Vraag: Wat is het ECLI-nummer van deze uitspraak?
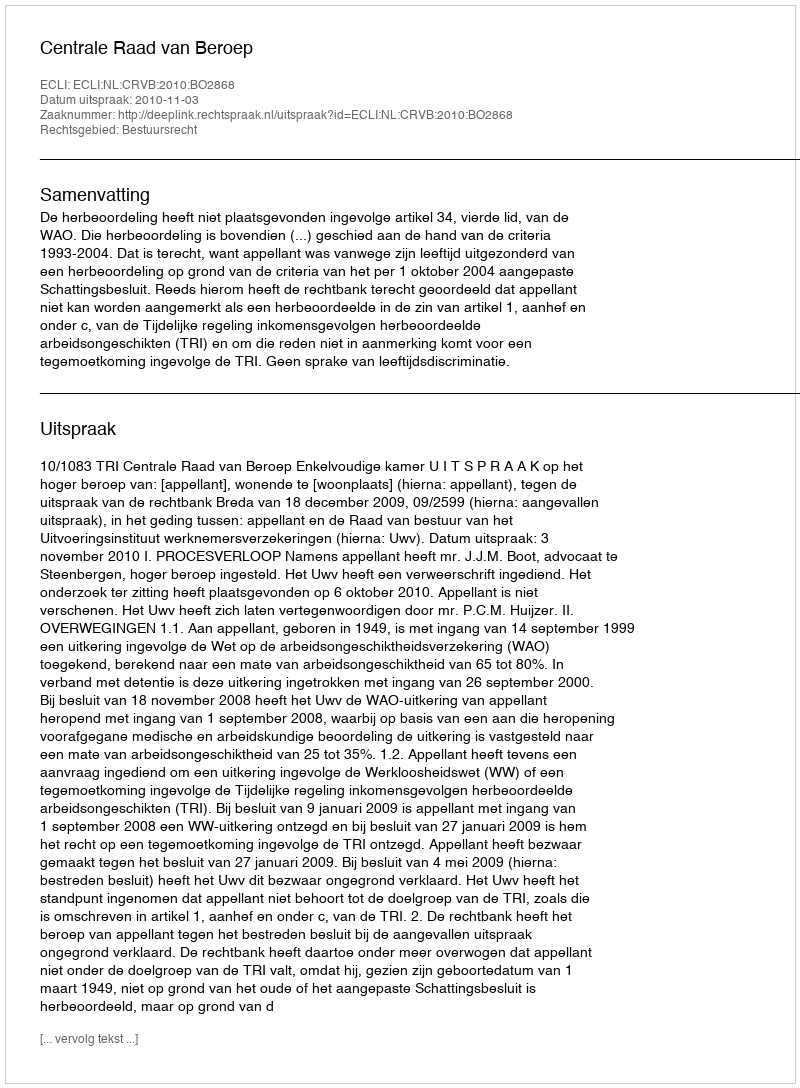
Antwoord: ECLI:NL:CRVB:2010:BO2868